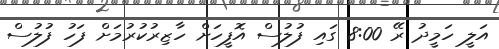
އަލީ ހަމީދު ރޭ 8:00 ގައި ފުލުސް އޮފީހަށް ހާޒިރުކުރުމަށް ފަހު ފުލުސް